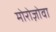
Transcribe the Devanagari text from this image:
मोरोज़ोवा